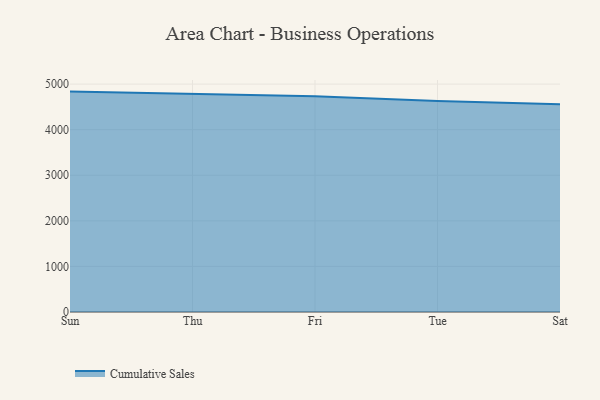
{"axis": {"x": "Day", "y": "Churn Rate (%)"}, "legend": ["Cumulative Sales"], "data": [{"x": "Sun", "y": 4835.0, "type": "Cumulative Sales"}, {"x": "Thu", "y": 4780.0, "type": "Cumulative Sales"}, {"x": "Fri", "y": 4732.6, "type": "Cumulative Sales"}, {"x": "Tue", "y": 4630.7, "type": "Cumulative Sales"}, {"x": "Sat", "y": 4557.4, "type": "Cumulative Sales"}]}